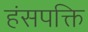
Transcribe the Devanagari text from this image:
हंसपक्ति